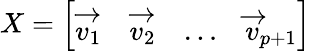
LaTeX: X={\left[\begin{array}{llll}{{\overrightarrow{v_{1}}}}&{{\overrightarrow{v_{2}}}}&{\dots}&{{\overrightarrow{v}}_{p+1}}\end{array}\right]}